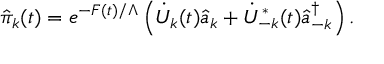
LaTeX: \hat { \pi } _ { k } ( t ) = e ^ { - F ( t ) / \Lambda } \left( \dot { U } _ { k } ( t ) \hat { a } _ { k } + \dot { U } _ { - k } ^ { * } ( t ) \hat { a } _ { - k } ^ { \dagger } \right) .